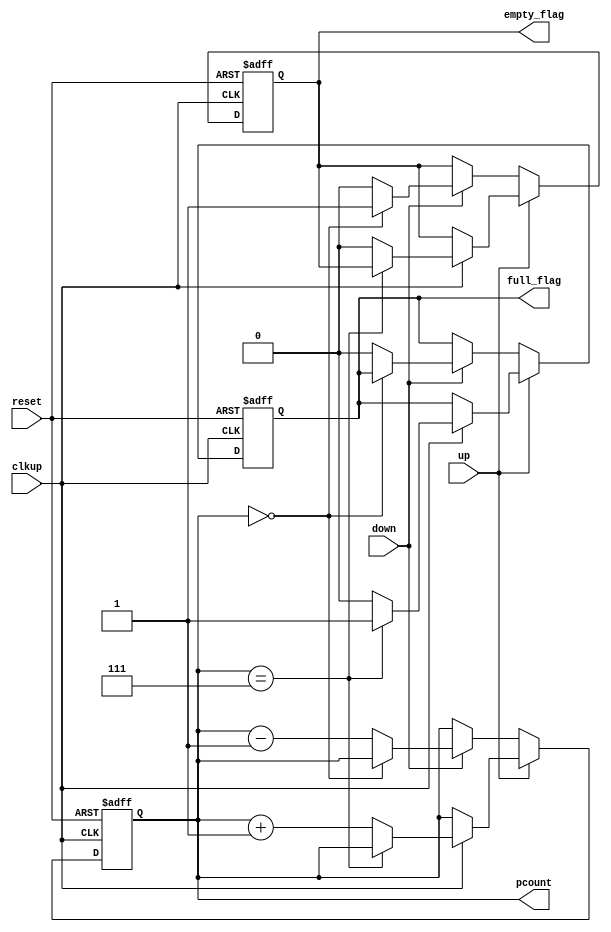
module counter(clkup,up,down,reset,pcount,full_flag,empty_flag);
  input clkup,up,down,reset;
  output [3:0]pcount;
  output full_flag, empty_flag;
  
  reg [3:0]pcount=0;

  reg full_flag=0;
  reg empty_flag=0;
  
  always @(posedge clkup or  posedge reset)
  begin 
    if(reset)
      begin
        pcount<=0;
        full_flag<=0;
        empty_flag<=1;

      end

    else if(up==1)
    begin 
		if(clkup)
		begin
         if(pcount==7)
           begin

           full_flag<=1;
            end
         else
          begin
             pcount<=pcount+1;

             empty_flag<=0;
           if(pcount==7)
               full_flag<=1;
           else
              full_flag<=0;
          end
		  end
      end
      else if(down==1) 
		begin 
        if(pcount==0)
          begin

           empty_flag<=1;
           end
        else
        begin
          pcount<=pcount-1;

          full_flag<=0;
          if(pcount==0)
             empty_flag<=1;
          else
             empty_flag<=0;
         end
      end
  end
endmodule
            

//Test-Case//

module counter_dut();
  reg clkup,up,down,reset;
wire [3:0]pcount;
wire full_flag,empty_flag;

initial
begin
clkup=0;
up=1;
down=0;
reset=1; #100;
reset=0;
end
always 
#50 clkup=~clkup;
always
#900 up=~up;
always
#900 down=~down;
  
counter cc(clkup,up,down,reset,pcount,full_flag,empty_flag);

endmodule